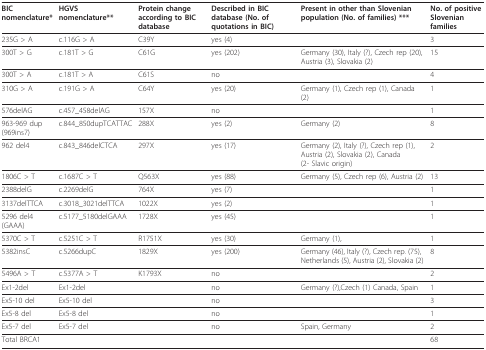
| BIC nomenclature* | HGVS nomenclature** | Protein change according to BIC database | Described in BIC database (No. of quotations in BIC) | Present in other than Slovenian population (No. of families) *** | No. of positive Slovenian families |
 | --- | --- | --- | --- | --- | --- |
 | 235G > A | c.116G > A | C39Y | yes (4) |  | 3 |
 | 300T > G | c.181T > G | C61G | yes (202) | Germany (30), Italy (?), Czech rep (20), Austria (3), Slovakia (2) | 15 |
 | 300T > A | c.181T > A | C61S | no |  | 4 |
 | 310G > A | c.191G > A | C64Y | yes (20) | Germany (1), Czech rep (1), Canada (2) | 1 |
 | 576delAG | c.457_458delAG | 157X | no |  | 1 |
 | 963-969 dup (969ins7) | c.844_850dupTCATTAC | 288X | yes (2) | Germany (2) | 8 |
 | 962 del4 | c.843_846delCTCA | 297X | yes (17) | Germany (2), Italy (?), Czech rep (1), Austria (2), Slovakia (2), Canada (2- Slavic origin) | 2 |
 | 1806C > T | c.1687C > T | Q563X | yes (88) | Germany (5), Czech rep (6), Austria (2) | 13 |
 | 2388delG | c.2269delG | 764X | yes (7) |  | 1 |
 | 3137delTTCA | c.3018_3021delTTCA | 1022X | yes (2) |  | 1 |
 | 5296 del4 (GAAA) | c.5177_5180delGAAA | 1728X | yes (45) |  | 1 |
 | 5370C > T | c.5251C > T | R1751X | yes (30) | Germany (1), | 1 |
 | 5382insC | c.5266dupC | 1829X | yes (200) | Germany (46), Italy (?), Czech rep. (75), Netherlands (5), Austria (2), Slovakia (2) | 8 |
 | 5496A > T | c.5377A > T | K1793X | no |  | 2 |
 | Ex1-2del | Ex1-2del |  | no | Germany (?),Czech (1) Canada, Spain | 1 |
 | Ex5-10 del | Ex5-10 del |  | no |  | 3 |
 | Ex5-8 del | Ex5-8 del |  | no |  | 1 |
 | Ex5-7 del | Ex5-7 del |  | no | Spain, Germany | 2 |
 | Total BRCA1 |  |  |  |  | 68 |